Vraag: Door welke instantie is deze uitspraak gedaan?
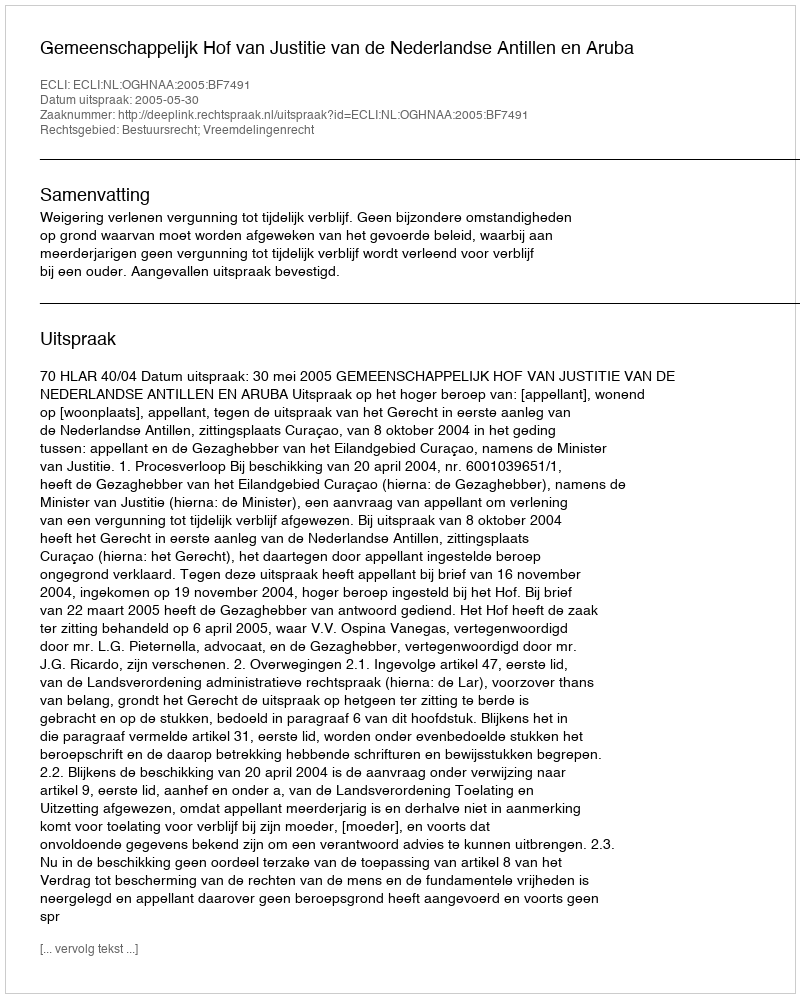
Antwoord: Gemeenschappelijk Hof van Justitie van de Nederlandse Antillen en Aruba